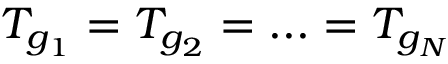
T _ { g _ { 1 } } = T _ { g _ { 2 } } = . . . = T _ { g _ { N } }